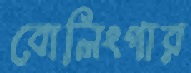
বোলিংগার